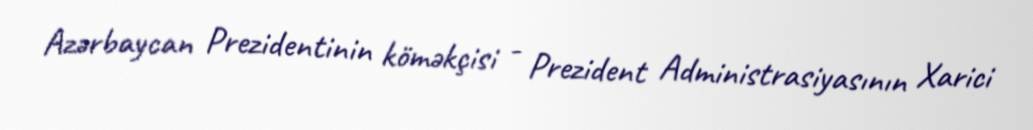
Azərbaycan Prezidentinin köməkçisi - Prezident Administrasiyasının Xarici